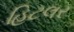
હિટલર